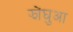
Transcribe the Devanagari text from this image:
झोंघुआ